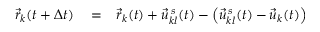
\begin{array} { r l r } { \vec { r } _ { k } ( t + \Delta t ) } & { { } = } & { \vec { r } _ { k } ( t ) + \vec { u } _ { k l } ^ { \, s } ( t ) - \left( \vec { u } _ { k l } ^ { \, s } ( t ) - \vec { u } _ { k } ( t ) \right) } \end{array}